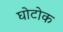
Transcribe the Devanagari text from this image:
घोटोक